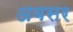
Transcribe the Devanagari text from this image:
अबसर